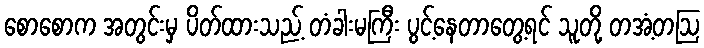
စောစောက အတွင်းမှ ပိတ်ထားသည့် တံခါးမကြီး ပွင့်နေတာတွေ့ရင် သူတို့ တအံ့တဩ